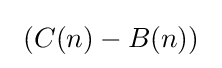
\ (C(n)-B(n))\